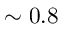
\sim 0 . 8